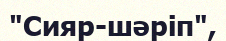
"Сияр-шәріп",